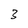
Character: 3